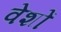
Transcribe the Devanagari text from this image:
वेशों